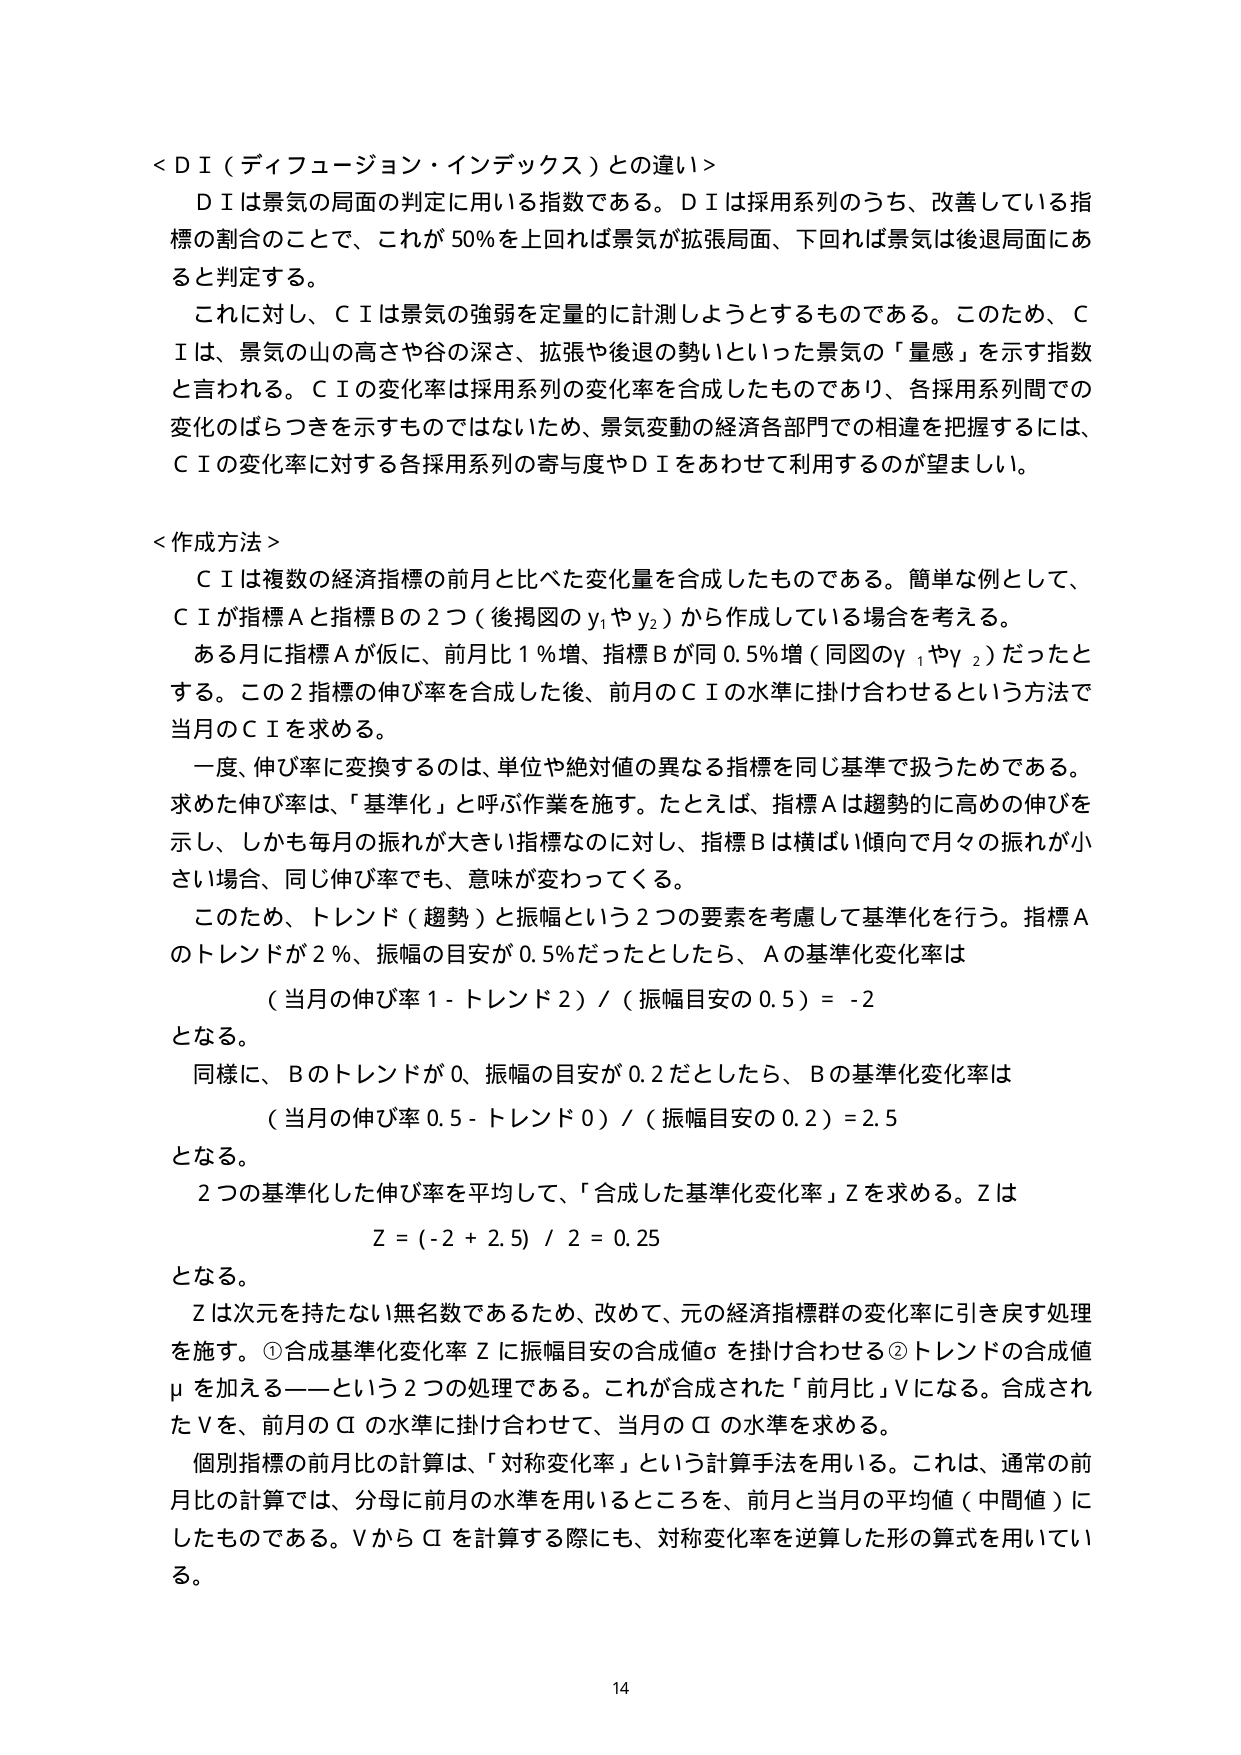
＜ＤＩ（ディフュージョン・インデックス）との違い＞
ＤＩは景気の局面の判定に用いる指数である。ＤＩは採用系列のうち、改善している指標の割合のことで、これが50％を上回れば景気が拡張局面、下回れば景気は後退局面にあると判定する。
これに対し、ＣＩは景気の強弱を定量的に計測しようとするものである。このため、ＣＩは、景気の山の高さや谷の深さ、拡張や後退の勢いといった景気の「量感」を示す指数と言われる。ＣＩの変化率は採用系列の変化率を合成したものであり、各採用系列間での変化のばらつきを示すものではないため、景気変動の経済各部門での相違を把握するには、ＣＩの変化率に対する各採用系列の寄与度やＤＩをあわせて利用するのが望ましい。

＜作成方法＞
ＣＩは複数の経済指標の前月と比べた変化量を合成したものである。簡単な例として、ＣＩが指標Ａと指標Ｂの２つ（後掲図のｙ₁やｙ₂）から作成している場合を考える。
ある月に指標Ａが仮に、前月比１％増、指標Ｂが同０.５％増（同図のｙ₁やｙ₂）だったとする。この２指標の伸び率を合成した後、前月のＣＩの水準に掛け合わせるという方法で当月のＣＩを求める。
一度、伸び率に変換するのは、単位や絶対値の異なる指標を同じ基準で扱うためである。求めた伸び率は、「基準化」と呼ぶ作業を施す。たとえば、指標Ａは趨勢的に高めの伸びを示し、しかも毎月の振れが大きい指標なのに対し、指標Ｂは横ばい傾向で月々の振れが小さい場合、同じ伸び率でも、意味が変わってくる。
このため、トレンド（趨勢）と振幅という２つの要素を考慮して基準化を行う。指標Ａのトレンドが２％、振幅の目安が０.５％だったとしたら、Ａの基準化変化率は
（当月の伸び率１－トレンド２）／（振幅目安の０.５）＝－２
となる。
同様に、Ｂのトレンドが０、振幅の目安が０.２だとしたら、Ｂの基準化変化率は
（当月の伸び率０.５－トレンド０）／（振幅目安の０.２）＝２.５
となる。
２つの基準化した伸び率を平均して、「合成した基準化変化率」Ｚを求める。Ｚは
Ｚ＝（－２＋２.５）／２＝０.２５
となる。
Ｚは次元を持たない無名数であるため、改めて、元の経済指標群の変化率に引き戻す処理を施す。①合成基準化変化率Ｚに振幅目安の合成値σを掛け合わせる②トレンドの合成値μを加える――という２つの処理である。これが合成された「前月比」Ｖになる。合成されたＶを、前月のＣＩの水準に掛け合わせて、当月のＣＩの水準を求める。
個別指標の前月比の計算は、「対称変化率」という計算手法を用いる。これは、通常の前月比の計算では、分母に前月の水準を用いるところを、前月と当月の平均値（中間値）にしたものである。ＶからＣＩを計算する際にも、対称変化率を逆算した形の算式を用いている。

14